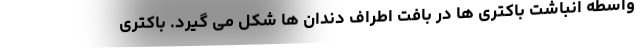
واسطه انباشت باکتری ها در بافت اطراف دندان ها شکل می گیرد. باکتری